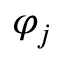
\varphi _ { j }